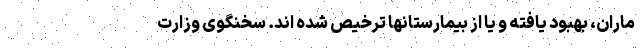
ماران، بهبود یافته و یا از بیمارستانها ترخیص شده اند. سخنگوی وزارت